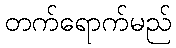
တက်ရောက်မည်